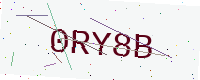
Text: 0RY8B